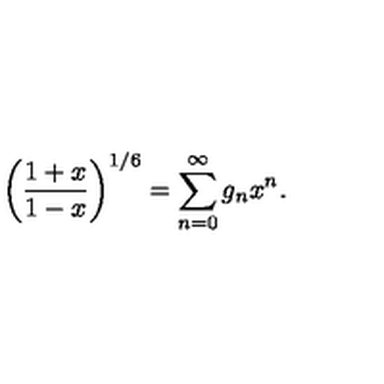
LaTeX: \biggl ( { \frac { 1 + x } { 1 - x } } \biggr ) ^ { 1 / 6 } = \sum _ { n = 0 } ^ { \infty } g _ { n } x ^ { n } .